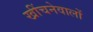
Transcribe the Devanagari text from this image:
खींचनेवालों